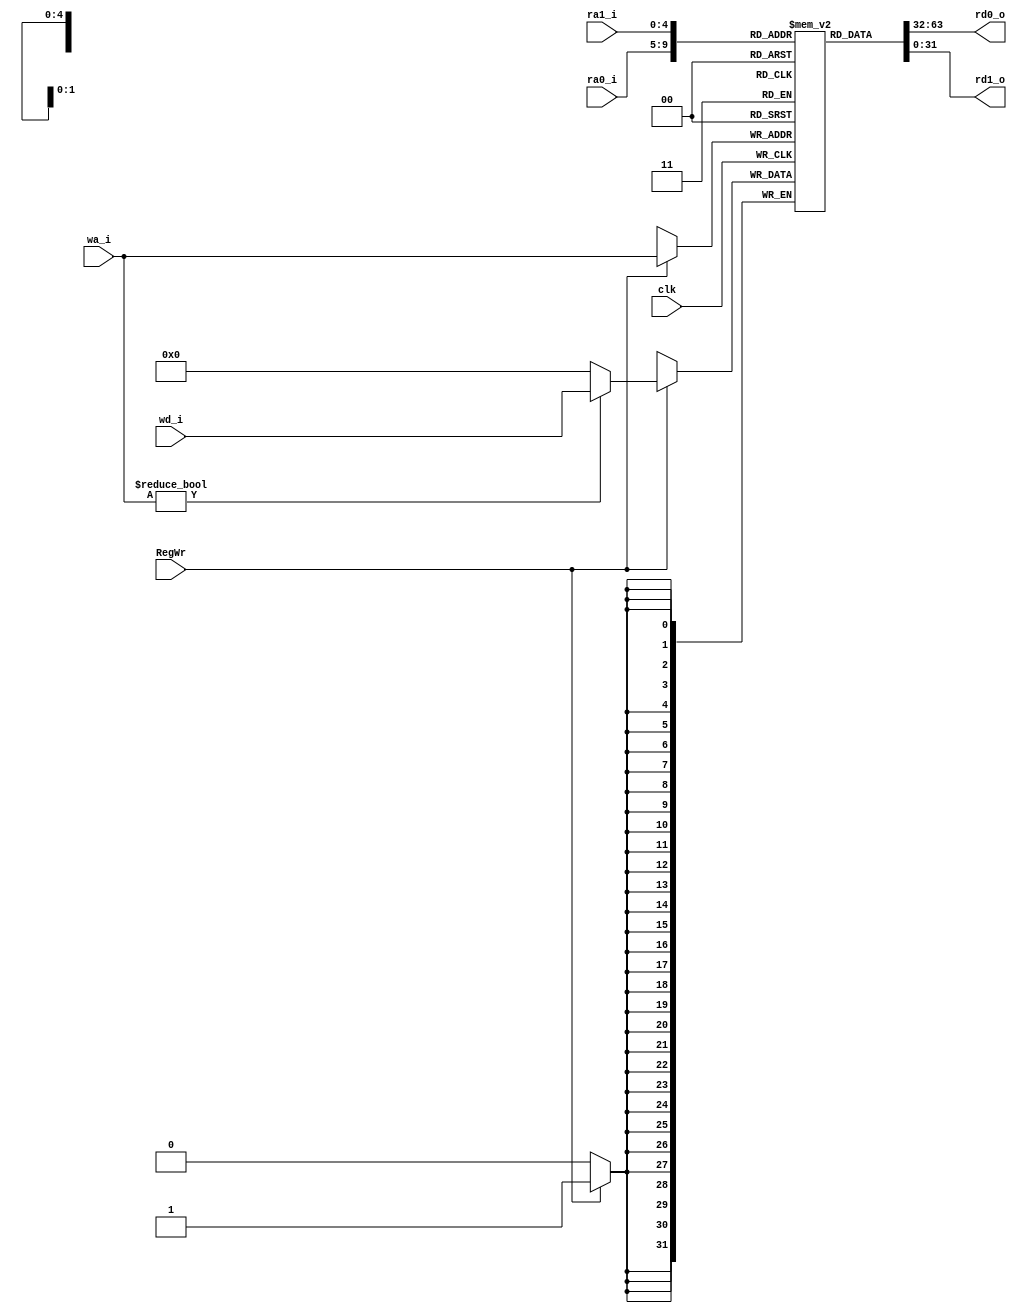
module RF(clk, RegWr, ra0_i,ra1_i,wa_i,wd_i, rd0_o,rd1_o);
	input clk;
	input RegWr;
	input [4:0] ra0_i,ra1_i,wa_i;
	input [31:0] wd_i;
	
	output [31:0] rd0_o,rd1_o;
	
	integer i;
	reg [31:0] regs[31:0];
	
	initial
	     begin
	       for(i=0;i<=31;i=i+1)
	           regs[i]<=0;
	       regs[28]<=32'h00001800;
		     regs[29]<=32'h00002ffe;
	     end
	     
	assign rd0_o=regs[ra0_i];
	assign rd1_o=regs[ra1_i];
	
	
	always@(negedge clk)
	begin
		if(RegWr)
		  begin
		   regs[wa_i] <= (wa_i!=5'd0)?wd_i:32'd0;
			 `ifdef RF_DEBUG
       $display("R[00-07]=%8X, %8X, %8X, %8X, %8X, %8X, %8X, %8X", 0, regs[1], regs[2], regs[3], regs[4], regs[5], regs[6], regs[7]);
       $display("R[08-15]=%8X, %8X, %8X, %8X, %8X, %8X, %8X, %8X", regs[8], regs[9], regs[10], regs[11], regs[12], regs[13], regs[14], regs[15]);
       $display("R[16-23]=%8X, %8X, %8X, %8X, %8X, %8X, %8X, %8X", regs[16], regs[17], regs[18], regs[19], regs[20], regs[21], regs[22], regs[23]);
       $display("R[24-31]=%8X, %8X, %8X, %8X, %8X, %8X, %8X, %8X", regs[24], regs[25], regs[26], regs[27], regs[28], regs[29], regs[30], regs[31]);
       `endif
     end

	end

endmodule